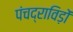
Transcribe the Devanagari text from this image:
पंचद्राविड़ों